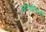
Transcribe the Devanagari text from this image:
स्टीकऐवजी